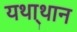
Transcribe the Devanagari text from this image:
यथा्थान